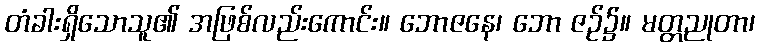
တံခါးရှိသောသူ၏ အဖြစ်လည်းကောင်း။ ဘောဇနေ၊ ဘော ဇဉ်၌။ မတ္တညုတာ၊